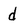
Character: d